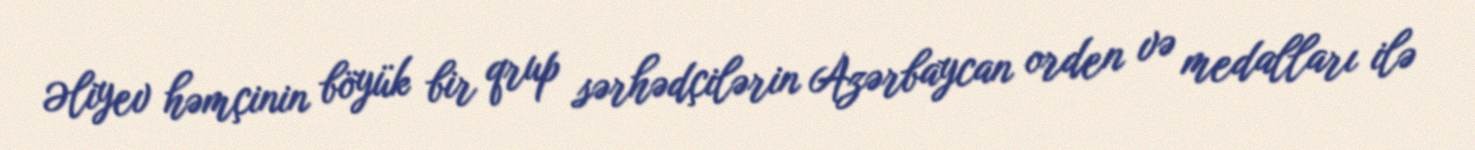
Əliyev həmçinin böyük bir qrup sərhədçilərin Azərbaycan orden və medalları ilə